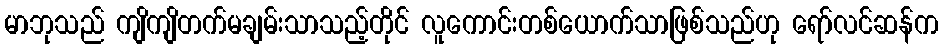
မာဘုသည် ကျိကျိတက်မချမ်းသာသည့်တိုင် လူကောင်းတစ်ယောက်သာဖြစ်သည်ဟု ရော်လင်ဆန်က